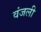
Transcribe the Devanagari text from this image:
वंजली